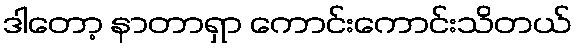
ဒါတော့ နာတာရှာ ကောင်းကောင်းသိတယ်